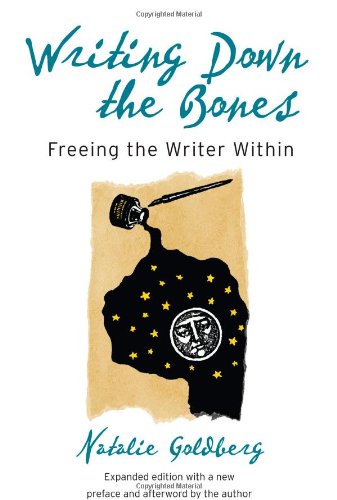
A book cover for Writing Down the Bones: Freeing the Writer Within, 2nd Edition; Natalie Goldberg; Self-Help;